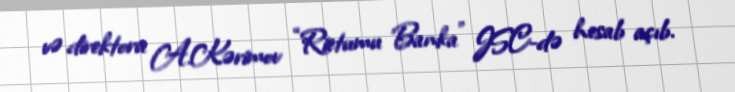
və direktoru A.Kərimov “Rietumu Banka” JSC-də hesab açıb.